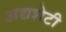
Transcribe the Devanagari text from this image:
अद्यशेटी